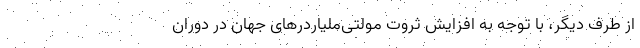
از طرف دیگر، با توجه به افزایش ثروت مولتی‌ملیاردرهای جهان در دوران